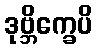
ဒုဗ္ဘိက္ခေပိ